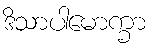
ဒိသာပါမောက္ခာ